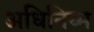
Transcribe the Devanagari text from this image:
अधिनिय्म